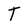
Character: T